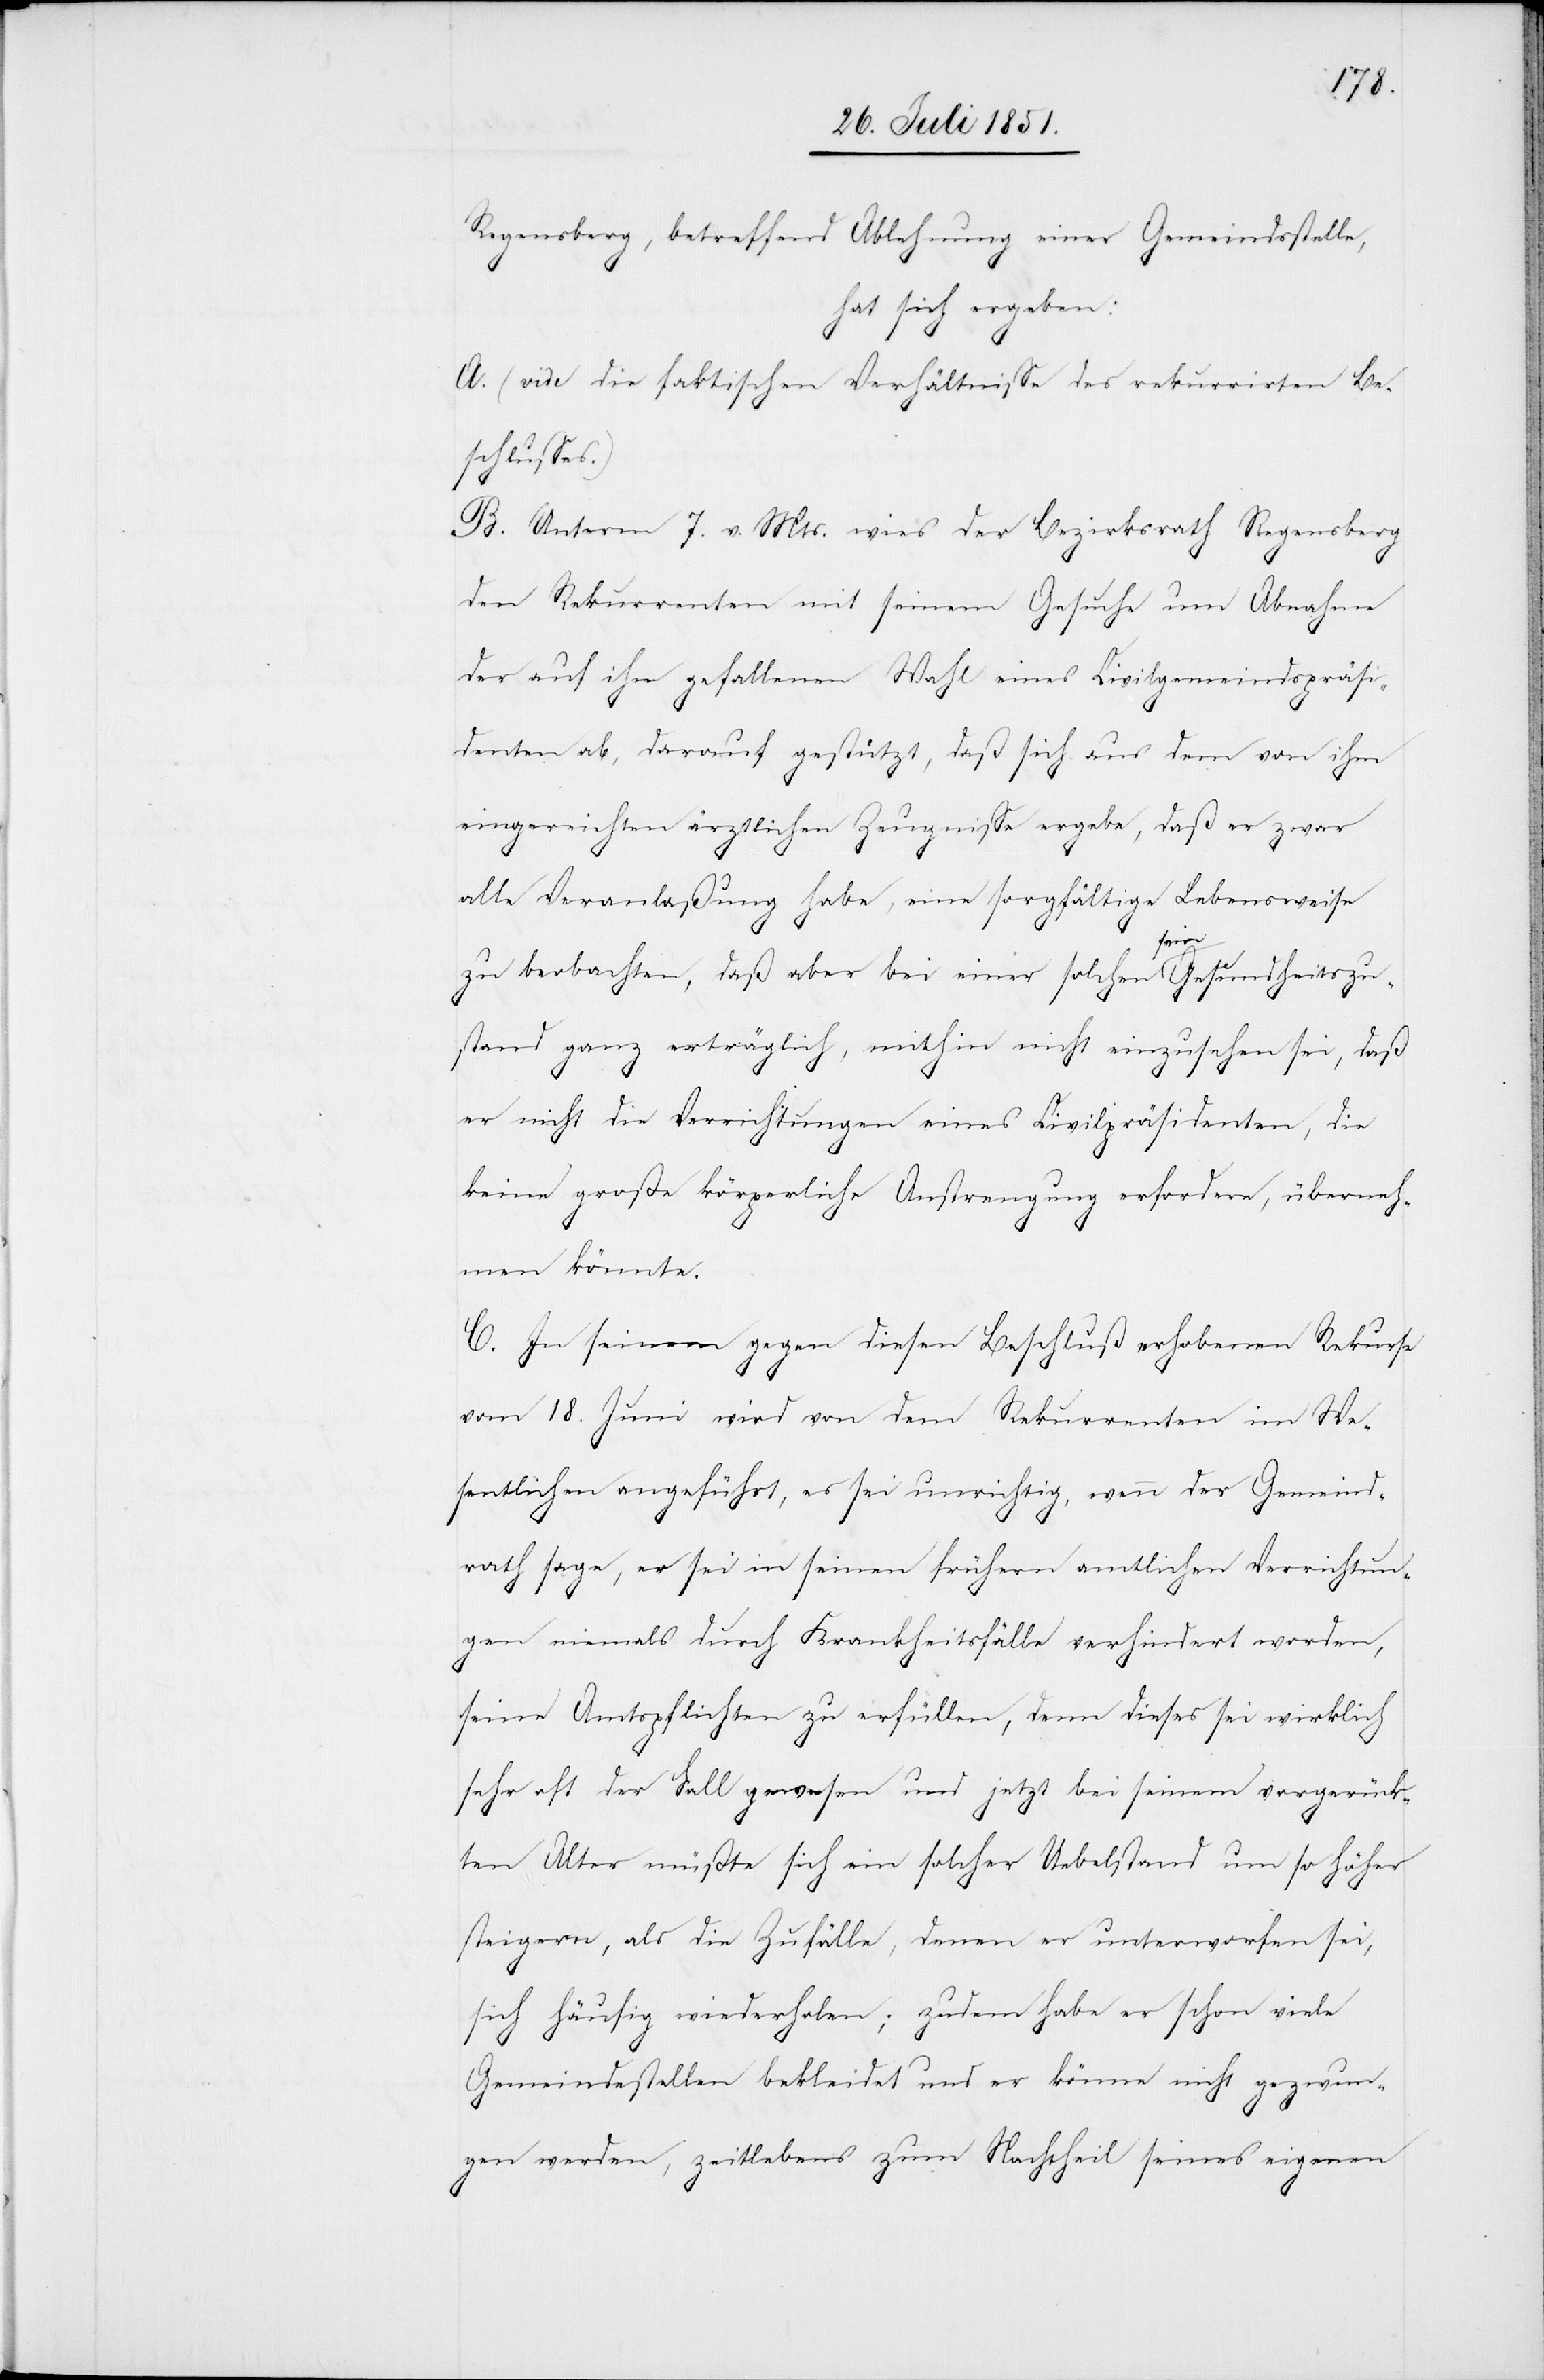
Regensberg, betreffend Ablehnung einer Gemeindsstelle,
hat sich ergeben:
A. (vide die faktischen Verhältnisse des rekurrirten Be¬
schlusses.)
B. Unterm 7. v. Mts. wies der Bezirksrath Regensberg
den Rekurrenten mit seinem Gesuche um Abnahme
der auf ihn gefallenen Wahl eines Civilgemeindspräsi¬
denten ab, darauf gestützt, daß sich aus dem von ihm
eingereichten ärztlichen Zeugnisse ergebe, daß er zwar
alle Veranlaßung habe, eine sorgfältige Lebensweise
zu beobachten, daß aber bei einer solchen sein Gesundheitszu¬
stand ganz erträglich, mithin nicht einzusehen sei, daß
er nicht die Verrichtungen eines Civilpräsidenten, die
keine große körperliche Anstrengung erfordere, überneh¬
men könnte.
C. In seinem gegen diesen Beschluß erhobenen Rekurse
vom 18. Juni wird von dem Rekurrenten im We¬
sentlichen angeführt, es sei unrichtig, wenn der Gemeind¬
rath sage, er sei in seinen frühern amtlichen Verrichtun¬
gen niemals durch Krankheitsfälle verhindert worden,
seine Amtspflichten zu erfüllen, denn dieses sei wirklich
sehr oft der Fall gewesen und jetzt bei seinem vorgerück¬
ten Alter müßte sich ein solcher Uebelstand um so höher
steigern, als die Zufälle, denen er unterworfen sei,
sich häufig wiederholen; zudem habe er schon viele
Gemeindestellen bekleidet und er könne nicht gezwun¬
gen werden, zeitlebens zum Nachtheil seines eigenen